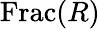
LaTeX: \operatorname{Frac}(R)